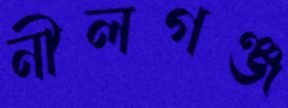
নীলগঞ্জ